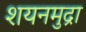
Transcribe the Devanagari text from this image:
शयनमुद्रा